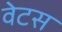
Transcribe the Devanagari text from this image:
वेटस